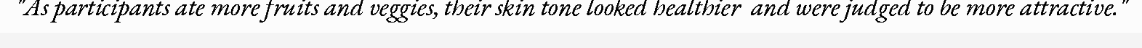
"As participants ate more fruits and veggies, their skin tone looked healthier  and were judged to be more attractive."